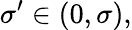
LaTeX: \sigma^{\prime}\in(0,\sigma),